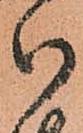
御